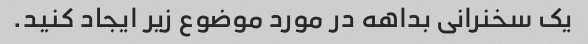
یک سخنرانی بداهه در مورد موضوع زیر ایجاد کنید.